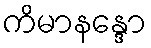
ကိမာနန္ဒော